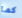
كما